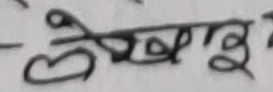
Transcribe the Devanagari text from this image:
लेखाइ